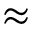
\approx